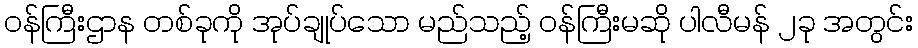
ဝန်ကြီးဌာန တစ်ခုကို အုပ်ချုပ်သော မည်သည့် ဝန်ကြီးမဆို ပါလီမန် ၂ခု အတွင်း